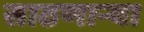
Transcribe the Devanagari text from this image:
साठणाऱ्या